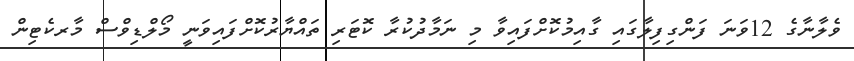
ވެލާނާގެ 12ވަނަ ފަންގިފިލާގައި ގާއިމުކޮށްފައިވާ މި ނަމާދުކުރާ ކޮޓަރި ތައްޔާރުކޮށްފައިވަނީ މޯލްޑިވްސް މާރކެޓިން